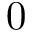
0